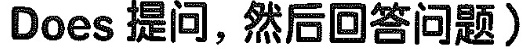
Does 提问,然后回答问题)